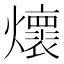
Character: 𭶦